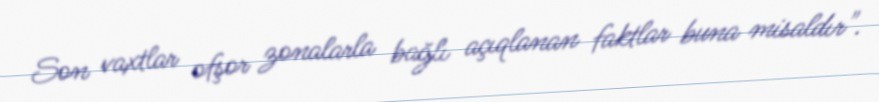
Son vaxtlar ofşor zonalarla bağlı açıqlanan faktlar buna misaldır".